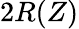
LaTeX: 2R(Z)